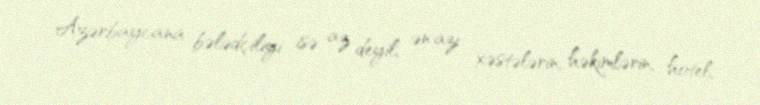
Azərbaycana bələdçiliyi isə az deyil, ən azı xəstələrin, həkimlərin, hotel,